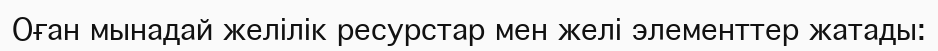
Оған мынадай желілік ресурстар мен желі элементтер жатады: